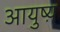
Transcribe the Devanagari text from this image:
आयुष्य़